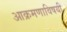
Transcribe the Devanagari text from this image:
आक्रमणाविषयी